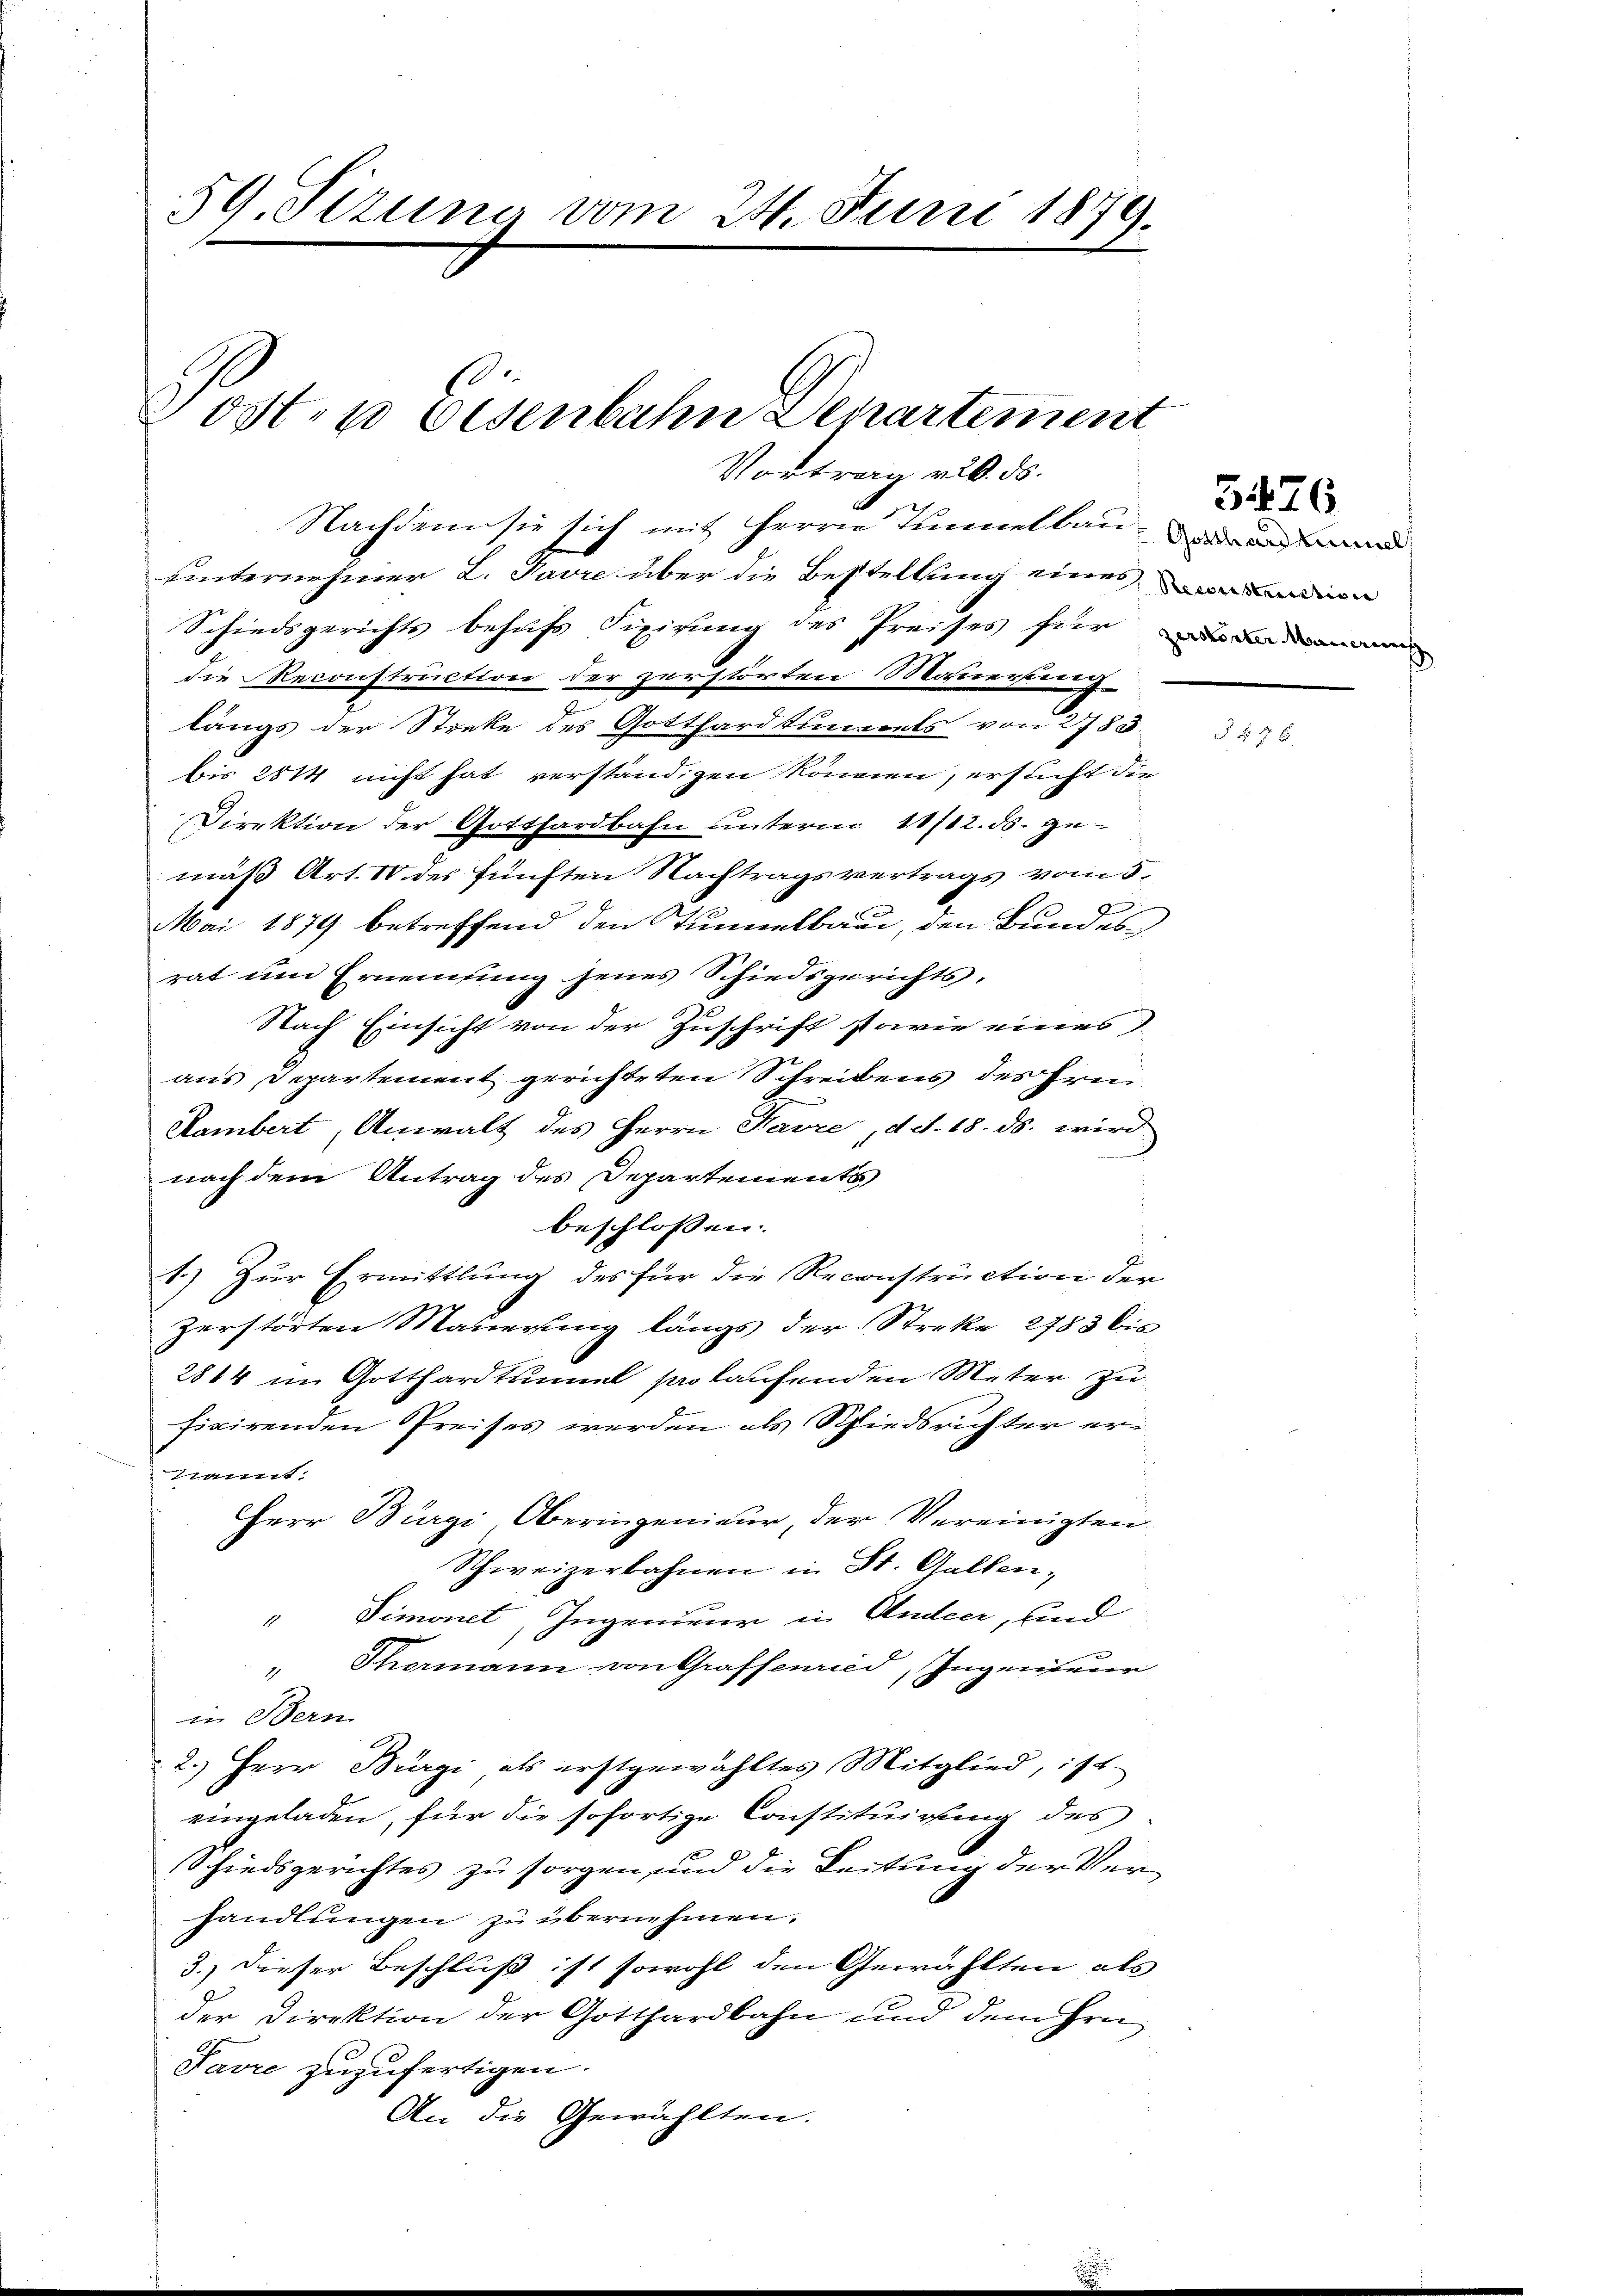
59. Sizung vom 24. Juni 1879.

Posten Eisenbahn Departement

Vortrag v. 20. ds.

Nachdem sie sich mit Herrn Tunnelbau- und
uinternehmer L. Savre über die Bestellung eines anden
Schiedsgerichts behufs Fixirung des Preises für dama
die Reconstruction der zerstörten Mauersten-
längs der Streke des Gotthardtunnels von 2783
bis 2814 nicht hat verständigen können, ersucht die
Direktion der Gotthardbahn unterm 11/12. ds. gemäß Art. 10 des fünften Nachtragsvertrags vom 5.
e
Mai 1879 betreffend den Tunnelbaue, den Bundesrat um Ernennung jenes Schiedsgerichts¬
Nach Einsicht von der Zuschrift sowie eines
aus Departement gerichteten Schreibens des Prin¬
Hambert, Anwalt des Herrn Havre, d. d. 18. ds. wird
nach dem Antrag des Departements
beschlossen:
1.) Zur Ermittlung des für die Reconstruction der
Zerstörten Mauerung längs der Streke 2783 bis
2844 in Gotthardtunnel par laufenden Meter zu
ficirenden Preises werden als Schiedsrichter ertrannt:
Herr Bürgi, Oberingenieur, der Vereinigten
Schweizerbahnen in St. Gallen,
" Simonet, Ingenieur in Andeer, und
" Thormann von Grafsenried, Ingenieur
in Bern
2.) Herr Bürgi als erstgewähltes Mitglied, ist
eingeladen, für die sofortige Constituirung des
Schiedsgerichtes zu sorgen und die Leitung der Verhandlungen zu übernehmen.
3.) Dieser Beschluß ist sowohl den Gewählten als
der Direktion der Gotthardbahn und dem Hrn.
Pavre zuzufertigen.
An die Gewählten.

5476

f 3